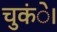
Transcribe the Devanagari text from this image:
चुकंे।